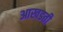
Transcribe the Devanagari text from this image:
आखडती